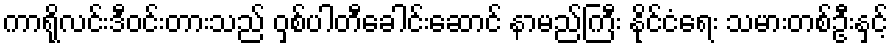
ကာရိုလင်းဒီဝင်းတားသည် ဝှစ်ပါတီခေါင်းဆောင် နာမည်ကြီး နိုင်ငံရေး သမားတစ်ဦးနှင့်